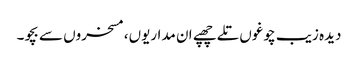
دیدہ زیب چوغوں تلے چھپے ان مداریوں، مسخروں سے بچو۔